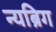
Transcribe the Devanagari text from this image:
न्यब्रिग